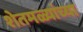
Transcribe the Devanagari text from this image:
शेतमळ्यांच्या